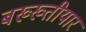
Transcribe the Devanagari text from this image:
बख्ख्तीयार